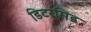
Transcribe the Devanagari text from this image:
डिटरमिंड